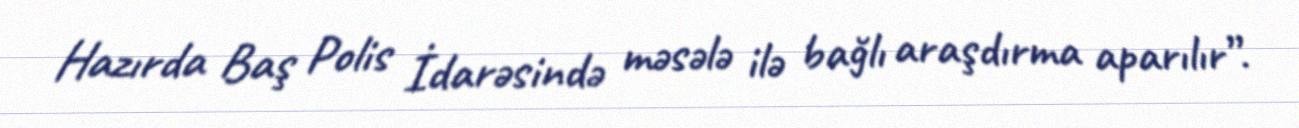
Hazırda Baş Polis İdarəsində məsələ ilə bağlı araşdırma aparılır”.